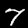
Digit: 7